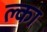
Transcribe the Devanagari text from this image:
ल्का